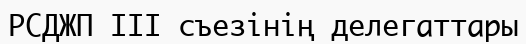
РСДЖП III съезінің делегаттары